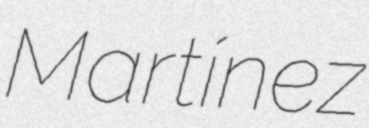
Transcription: Martínez